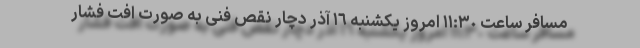
مسافر ساعت ١١:٣٠ امروز یکشنبه ١٦ آذر دچار نقص فنی به صورت افت فشار